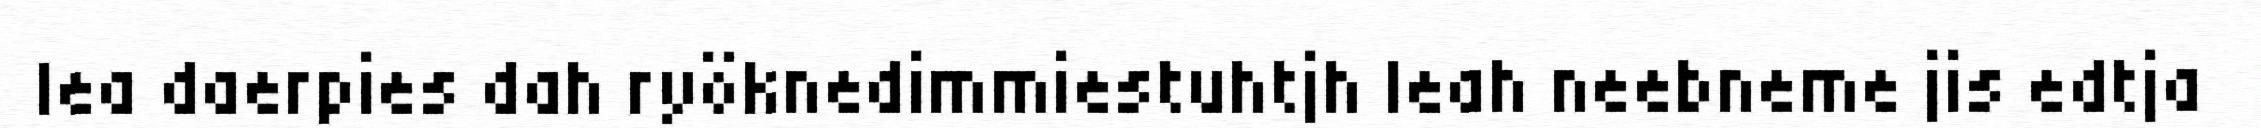
lea daerpies dah ryöknedimmiestuhtjh leah neebneme jis edtja